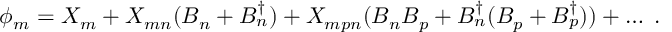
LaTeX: \phi _ { m } = X _ { m } + X _ { m n } ( B _ { n } + B _ { n } ^ { \dagger } ) + X _ { m p n } ( B _ { n } B _ { p } + B _ { n } ^ { \dagger } ( B _ { p } + B _ { p } ^ { \dagger } ) ) + \ldots \; .